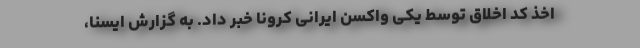
اخذ کد اخلاق توسط یکی واکسن ایرانی کرونا خبر داد. به گزارش ایسنا،